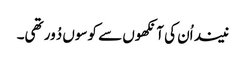
نیند اُن کی آنکھوں سے کوسوں دُور تھی۔